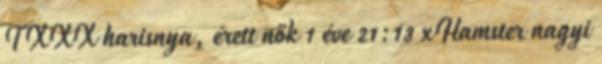
TXXX harisnya, érett nők 1 éve 21:13 xHamster nagyi